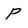
Character: p